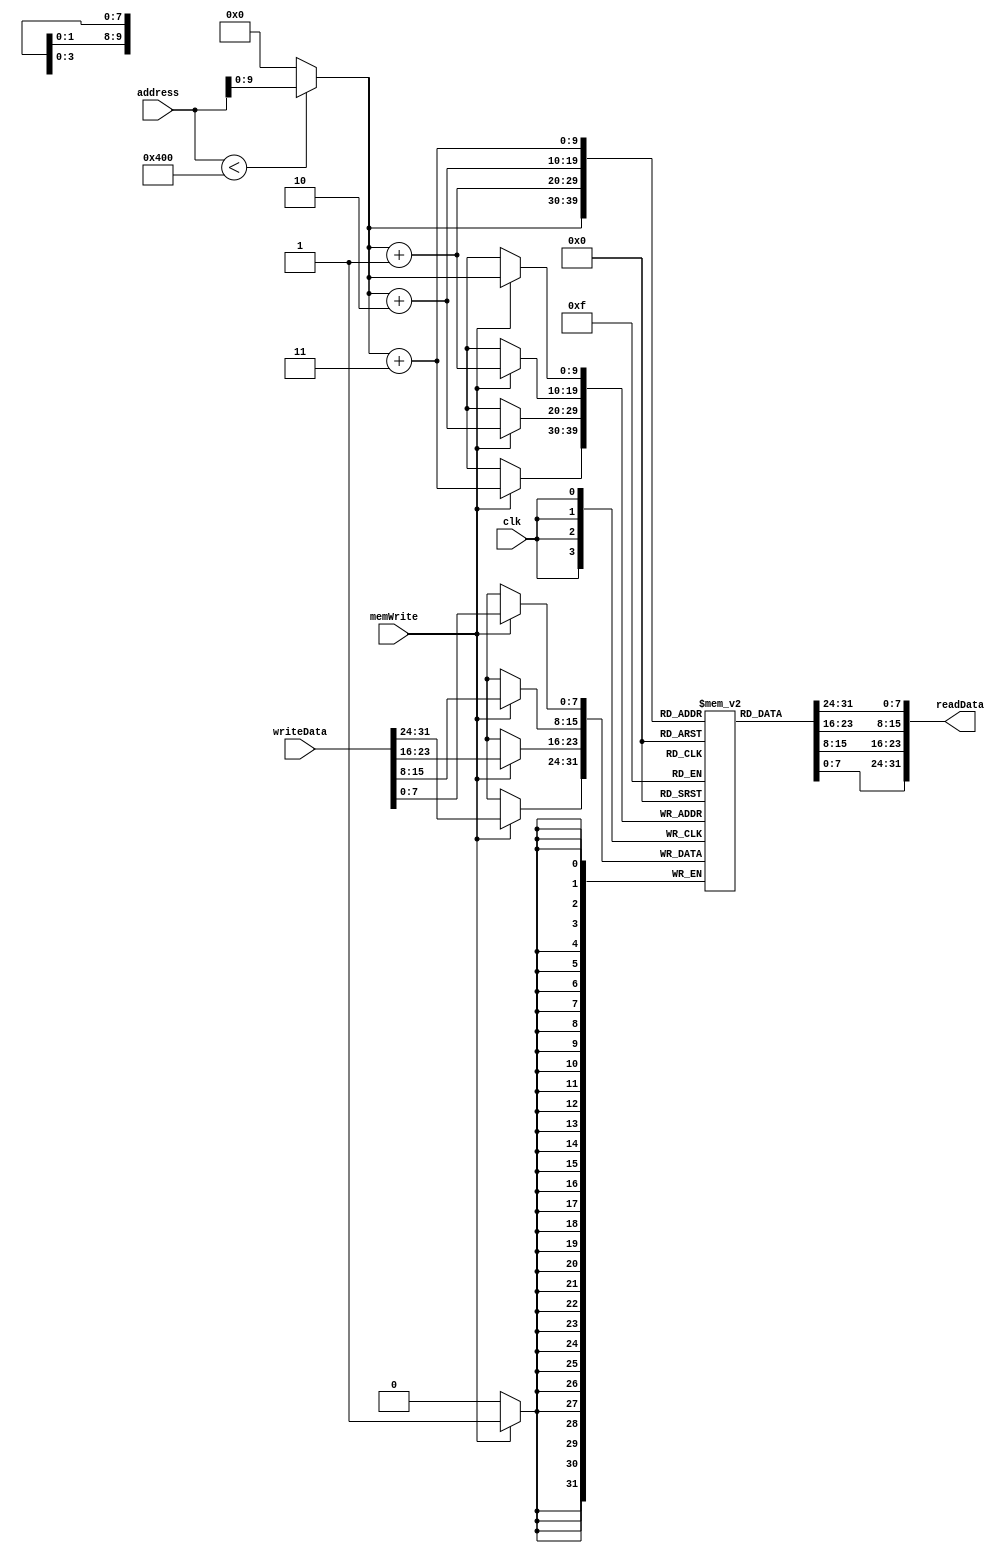
module MemoryUnit (
    input wire clk,
    input wire [31:0] address,
    input wire [31:0] writeData,
    input wire memWrite, 
    output wire [31:0] readData
);

    reg [7:0] memory [0:1023]; 
    integer i;
    wire [31:0] temp;
    initial begin
        // Reset memory to initial state
        for (i = 0; i < 1024; i = i + 1) begin
            memory[i] <= 7'b0;
        end
    end
    assign temp =address<1024?address:0;
    assign readData = {memory[temp+3],memory[temp+2],memory[temp+1],memory[temp]};
    always @(posedge clk) begin
            if (memWrite) begin
                memory[temp] <= writeData[7:0];
                memory[temp+1]<=writeData[15:8];
                memory[temp+2]<=writeData[23:16];
                memory[temp+3]<=writeData[31:24];
            end
        end

endmodule